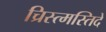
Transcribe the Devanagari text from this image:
च्रिस्त्मस्तिदे